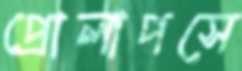
প্রোলাপসে